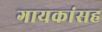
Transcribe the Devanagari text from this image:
गायकांसह